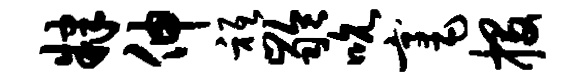
肄伸只龄吮毫投